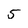
Character: 5